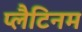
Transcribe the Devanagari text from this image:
प्‍लैटिनम